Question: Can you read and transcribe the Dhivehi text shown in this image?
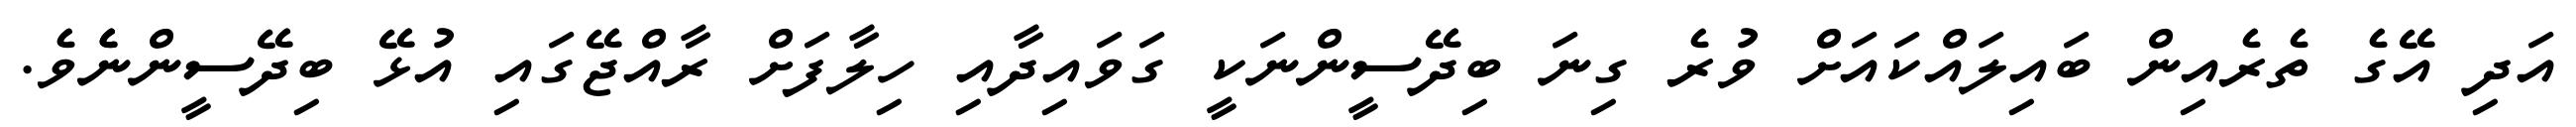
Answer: އަދި އޭގެ ތެރެއިން ބައިލައްކައަށް ވުރެ ގިނަ ބިދޭސީންނަކީ ގަވައިދާއި ހިލާފަށް ރާއްޖޭގައި އުޅޭ ބިދޭސީންނެެވެ.